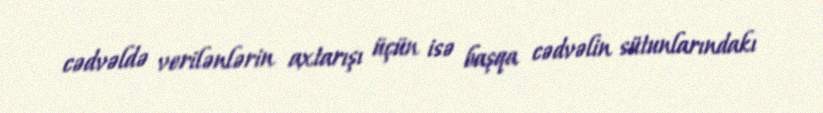
cədvəldə verilənlərin axtarışı üçün isə başqa cədvəlin sütunlarındakı